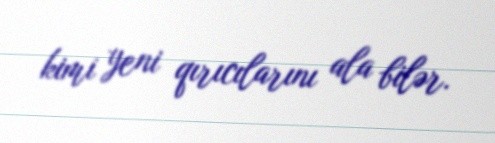
kimi yeni qırıcılarını ala bilər.